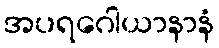
အပရဂေါယာနာနံ